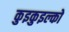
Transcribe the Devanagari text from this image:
कुइकुइल्को